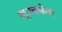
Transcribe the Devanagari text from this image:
भूरचनेला